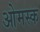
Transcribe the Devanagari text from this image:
ओमस्क